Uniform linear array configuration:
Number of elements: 24
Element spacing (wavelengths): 0.75
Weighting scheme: blackman
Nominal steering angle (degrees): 0
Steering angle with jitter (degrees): -0.8519
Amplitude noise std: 0.05
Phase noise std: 0.05

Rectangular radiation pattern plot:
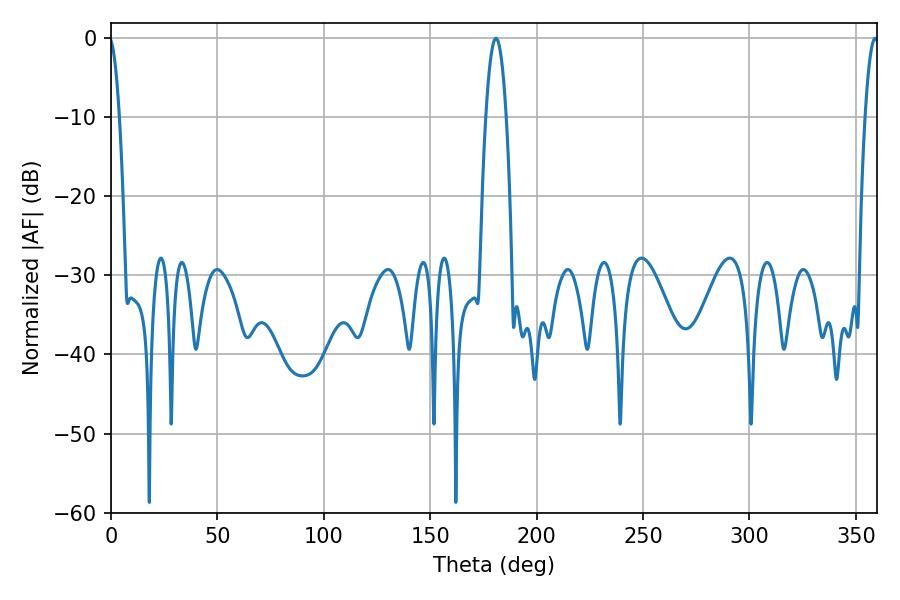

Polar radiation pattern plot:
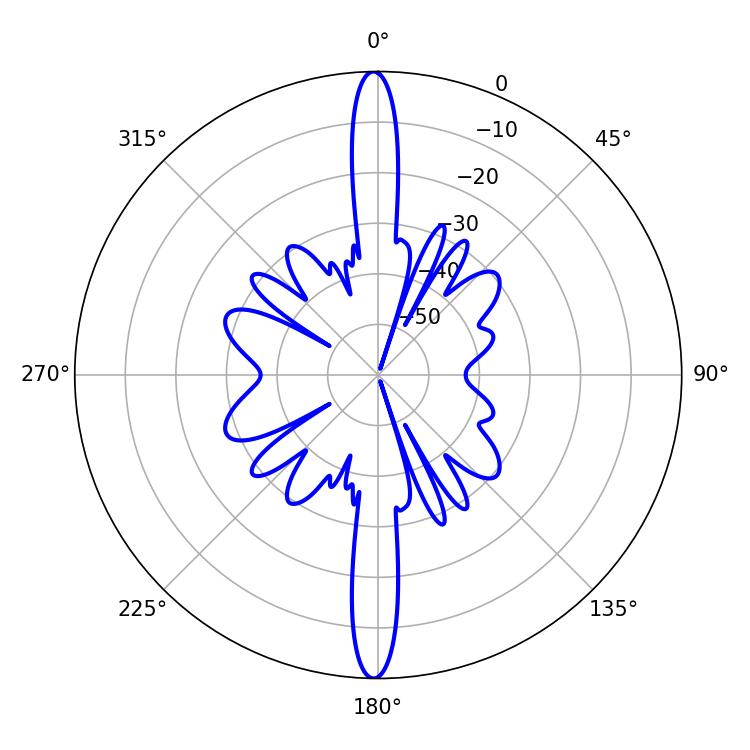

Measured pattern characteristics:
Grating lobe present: TRUE
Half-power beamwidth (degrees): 5.4
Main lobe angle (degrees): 180.9